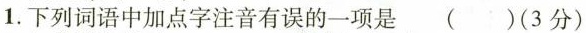
1.下列词语中加点字注音有误的一项是()(3分)